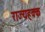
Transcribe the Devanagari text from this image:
राज्यहक्क